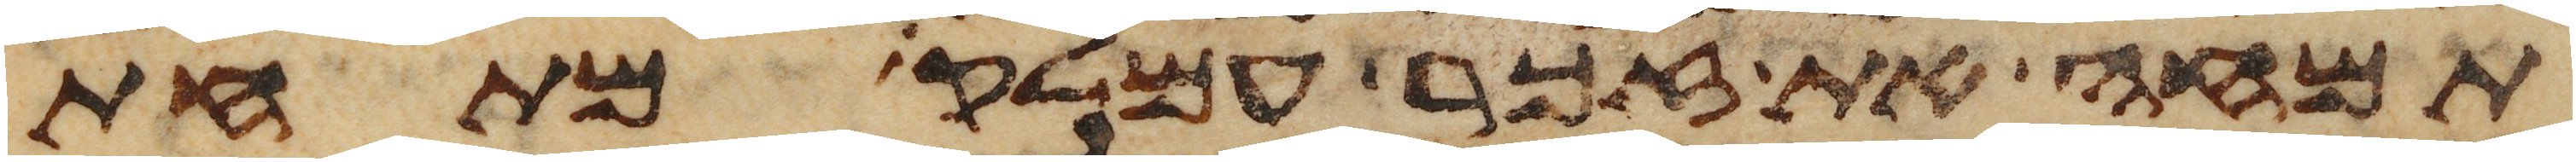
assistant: תמחה את זכר עמלק מתחת